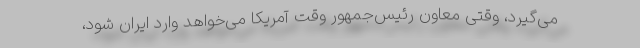
می‌گیرد، وقتی معاون رئیس‌جمهور وقت آمریکا می‌خواهد وارد ایران شود،